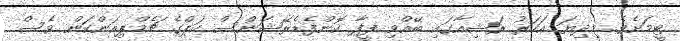
ޓީމަށެވެ. މިދިޔަ އަހަރު ރަޝިއާގައި ބޭއްވި ފީފާ ކޮންފެޑެރޭޝަންސް ކަޕްގެ ޗެމްޕިއަންކަން ވެސް